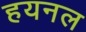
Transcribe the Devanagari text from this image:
हयनल